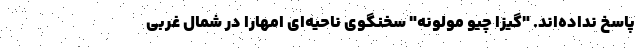
پاسخ نداده‌اند. "گیزا چیو مولونه" سخنگوی ناحیه‌ای امهارا در شمال غربی